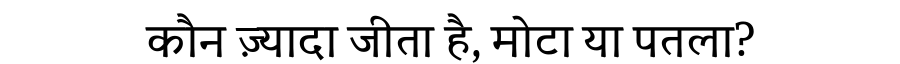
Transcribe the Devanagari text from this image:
कौन ज़्यादा जीता है, मोटा या पतला?